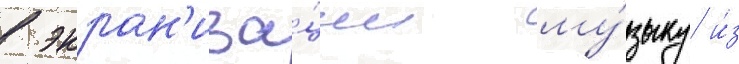
в экран'иза́ции му́зыку и́з